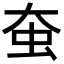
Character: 𧈹